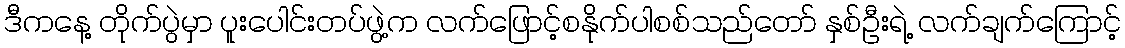
ဒီကနေ့ တိုက်ပွဲမှာ ပူးပေါင်းတပ်ဖွဲ့က လက်ဖြောင့်စနိုက်ပါစစ်သည်တော် နှစ်ဦးရဲ့ လက်ချက်ကြောင့်